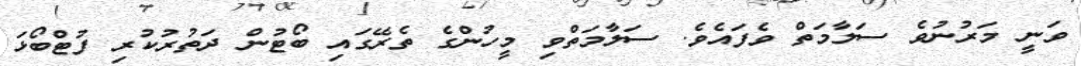
ވަނީ މަރުނުވެ ސަލާމަތް ވެފައެވެ. ސަލާމަތްވި މީހުންގެ ތެރޭގައި ބޯޓުން ދަތުރުކުރި ފުޓްބޯޅަ